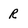
Character: R